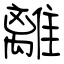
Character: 離